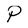
Character: P